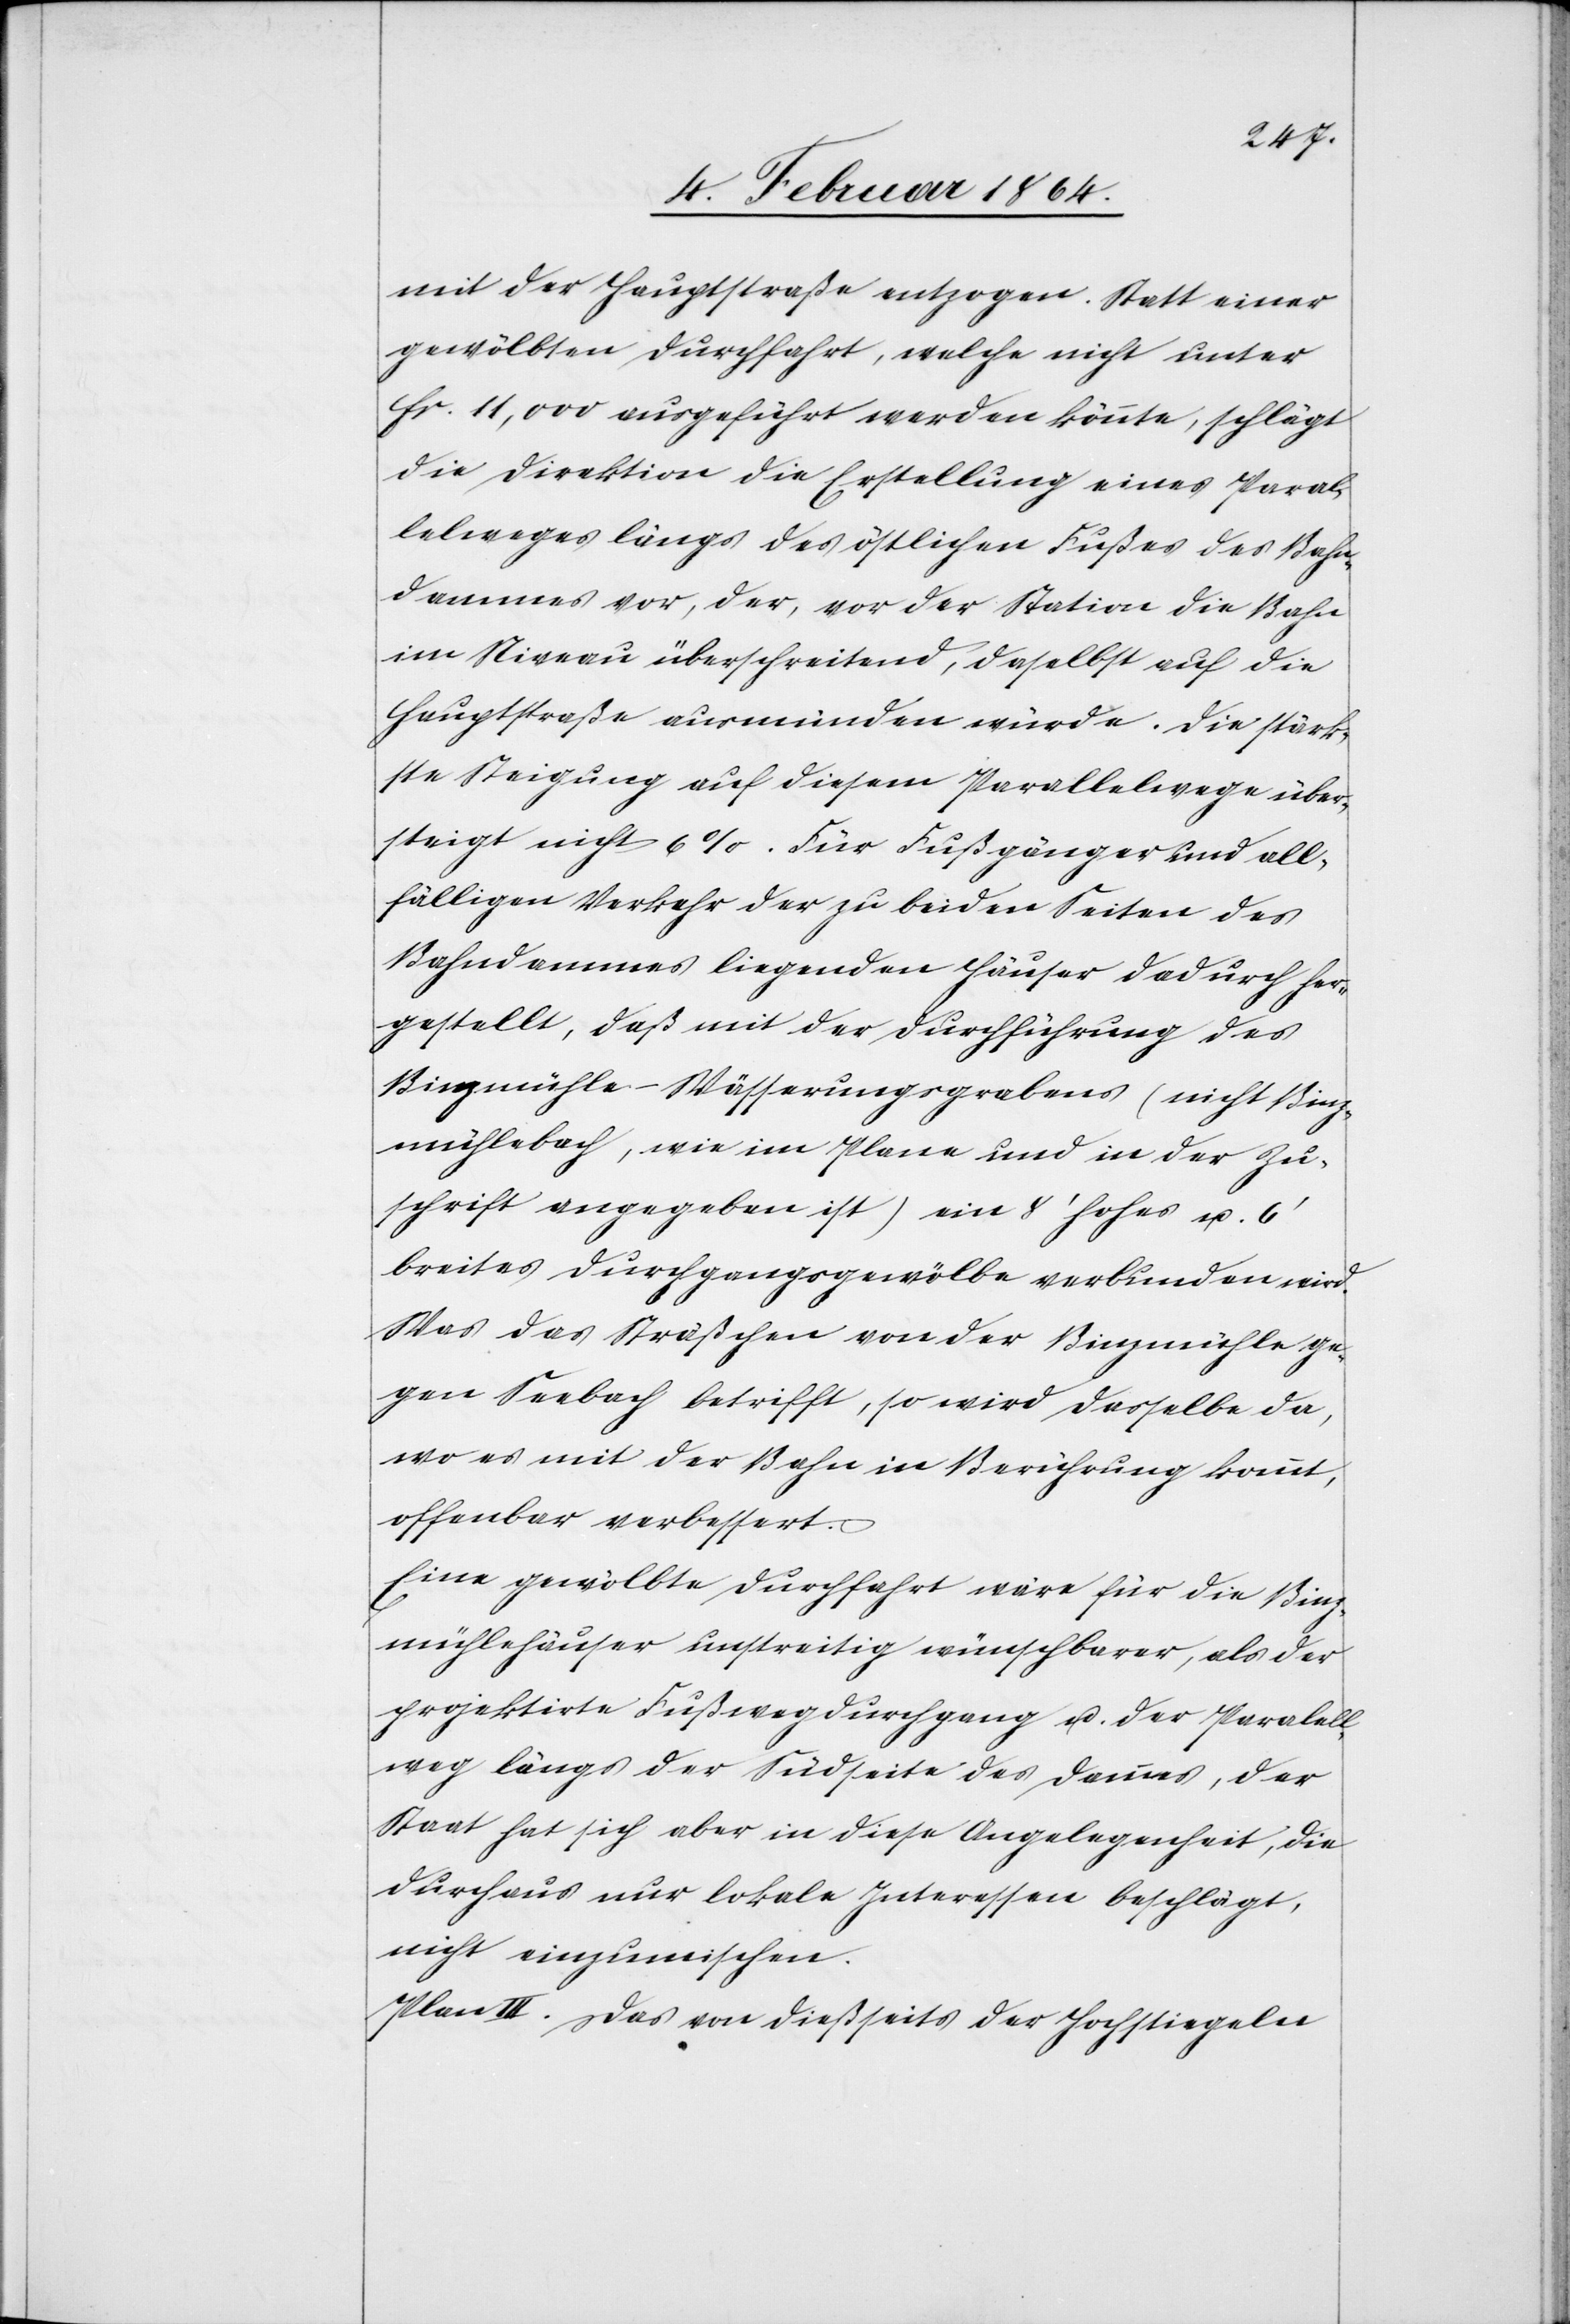
mit der Hauptstraße entzogen. Statt einer
gewölbten Durchfahrt, welche nicht unter
fr. 11,000 ausgeführt werden könnte, schlägt
die Direktion die Erstellung eines Parab¬
elweges längs des örtlichen Fußes des Bahn¬
dammes vor, der, vor der Station die Bahn
im Niveau überschreitend, daselbst auf die
Hauptstraße ausmünden würde. Die stärk¬
ste Steigung auf diesem Parallelwege über¬
steigt nicht 6%. Für Fußgänger und all¬
fälligen Verkehr der zu beiden Seiten des
Bahndammes liegenden Häuser dadurch her¬
gestellt, daß mit der Durchführung des
Binzmühle-Wässerungsgrabens (nicht Binz¬
mühlebach, wie im Plane und in der Zu¬
schrift angegeben ist) ein 8’ hohes u. 6’
breites Durchgangsgewölbe verbunden wird.
Was das Sträßchen von der Binzmühle ge¬
gen Seebach betrifft, so wird dasselbe da,
wo es mit der Bahn in Berührung kommt,
offenbar verbessert.
Eine gewölbte Durchfahrt wäre für die Binz¬
mühlehäuser unstreitig wünschbarer, als der
projektirte Fußwegdurchgang u. der Paralell¬
weg längs der Südseite des Damms, der
Staat hat sich aber in diese Angelegenheit, die
durchaus nur lokale Interessen beschlägt,
nicht einzumischen.
Plan III. Das von dießseits der Hochsteigeln